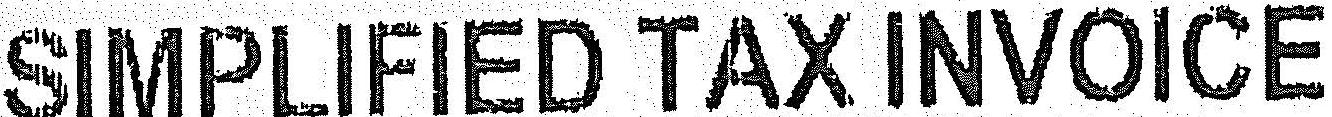
SIMPLIFIED TAX INVOICE